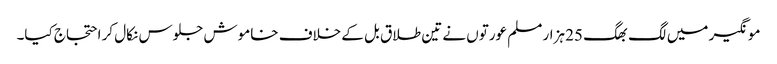
مونگیر میں لگ بھگ 25 ہزار مسلم عورتوں نے تین طلاق بل کے خلاف خاموش جلوس نکال کر احتجاج کیا۔